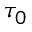
\tau _ { 0 }